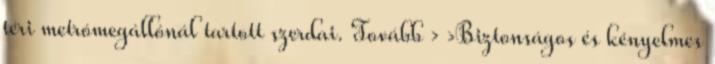
téri metrómegállónál tartott szerdai. Tovább › ›Biztonságos és kényelmes